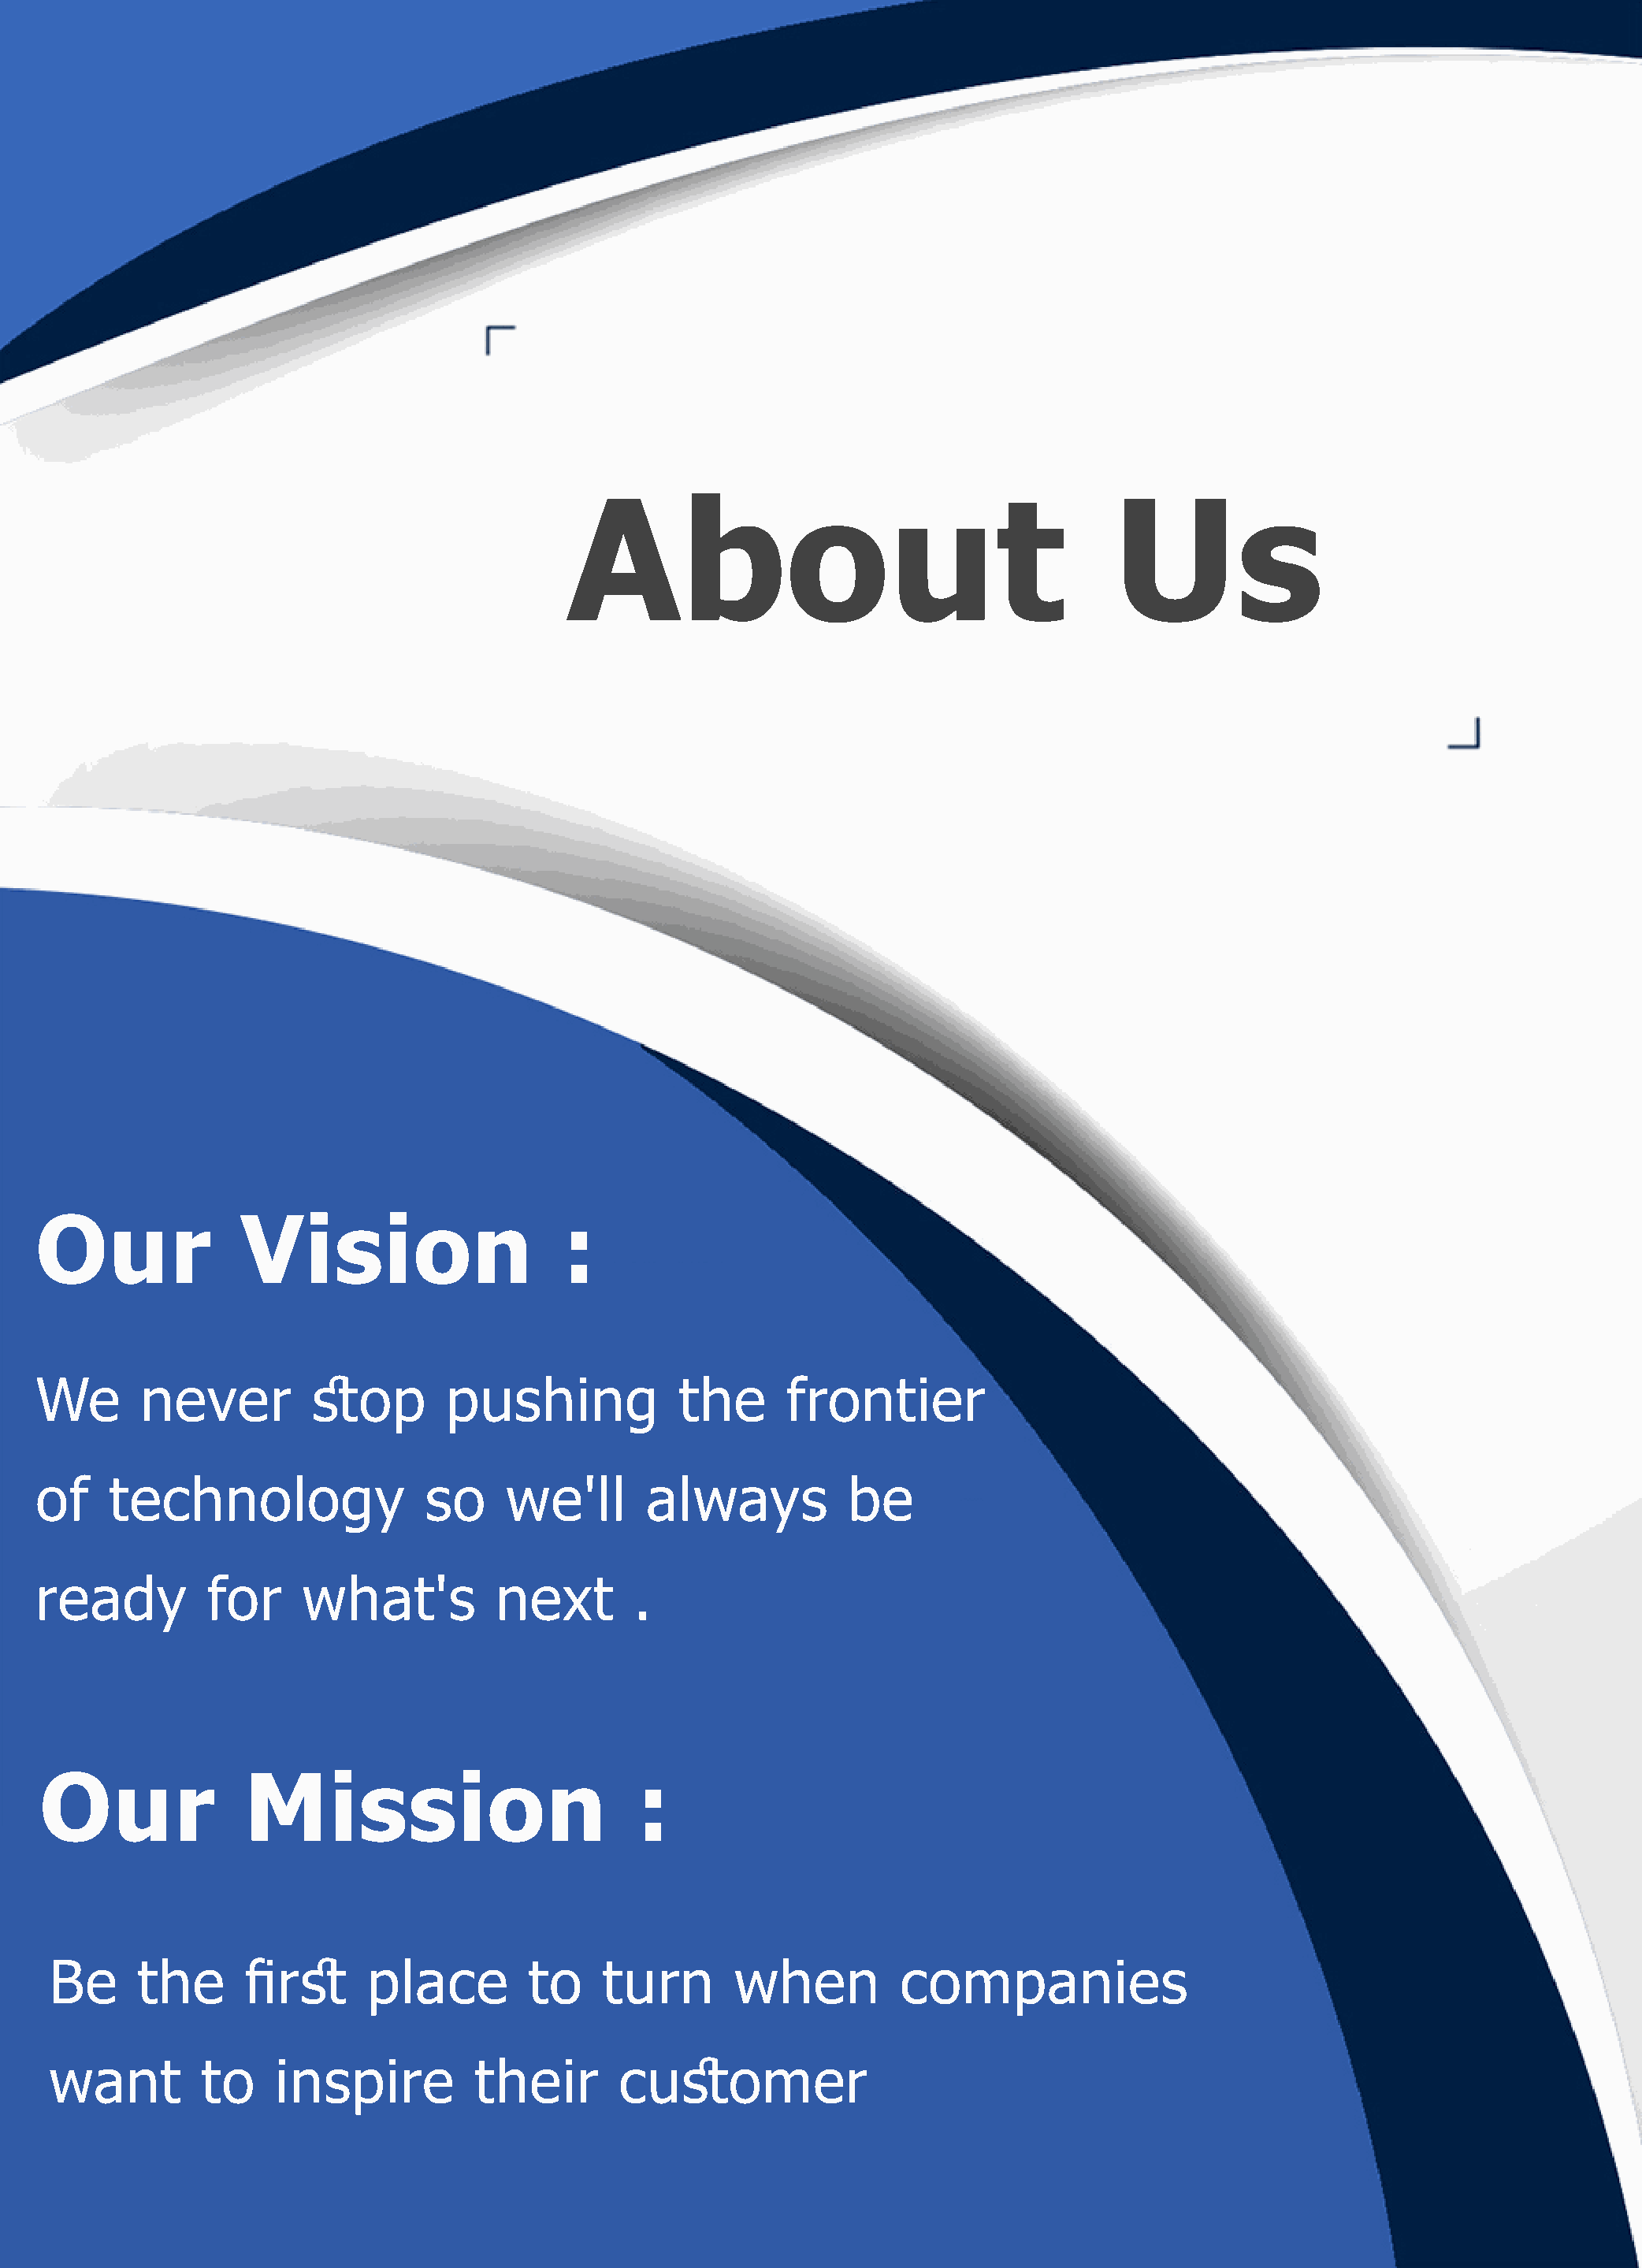
AAbboouutt                                    UUss
 Our              Vision                     :
 We       never         stop       pushing             the      frontier
 of    technology                 so    we'll       always           be
 ready         for     what's           next       .
 Our               Mission                         :
 Be      the      first     place        to     turn       when          companies
 want         to    inspire          their       customer